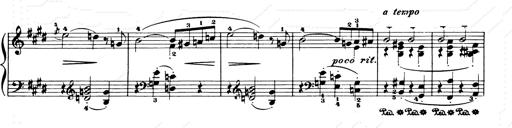
Title: Consolations and LiebestrÃ¤ume for the Piano
Composer: Franz Liszt